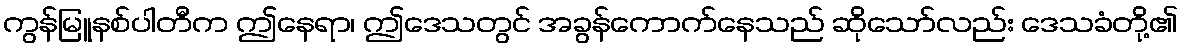
ကွန်မြူနစ်ပါတီက ဤနေရာ၊ ဤဒေသတွင် အခွန်ကောက်နေသည် ဆိုသော်လည်း ဒေသခံတို့၏